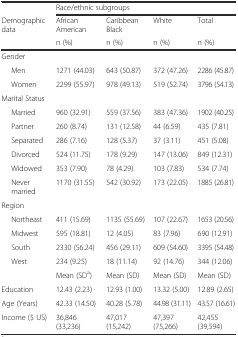
|  | <COLSPAN=4> Race/ethnic subgroups |
 | Demographic data | African American | Caribbean Black | White | Total |
 |  | n (%) | n (%) | n (%) | n (%) |
 | --- | --- | --- | --- | --- |
 | Gender |  |  |  |  |
 | Men | 1271 (44.03) | 643 (50.87) | 372 (47.26) | 2286 (45.87) |
 | Women | 2299 (55.97) | 978 (49.13) | 519 (52.74) | 3796 (54.13) |
 | Marital Status |  |  |  |  |
 | Married | 960 (32.91) | 559 (37.56) | 383 (47.36) | 1902 (40.25) |
 | Partner | 260 (8.74) | 131 (12.58) | 44 (6.59) | 435 (7.81) |
 | Separated | 286 (7.16) | 128 (5.37) | 37 (3.11) | 451 (5.08) |
 | Divorced | 524 (11.75) | 178 (9.29) | 147 (13.06) | 849 (12.31) |
 | Widowed | 353 (7.90) | 78 (4.29) | 103 (7.83) | 534 (7.74) |
 | Never married | 1170 (31.55) | 542 (30.92) | 173 (22.05) | 1885 (26.81) |
 | Region |  |  |  |  |
 | Northeast | 411 (15.69) | 1135 (55.69) | 107 (22.67) | 1653 (20.56) |
 | Midwest | 595 (18.81) | 12 (4.05) | 83 (7.96) | 690 (12.91) |
 | South | 2330 (56.24) | 456 (29.11) | 609 (54.60) | 3395 (54.48) |
 | West | 234 (9.25) | 18 (11.14) | 92 (14.76) | 344 (12.06) |
 |  | Mean (SDa) | Mean (SD) | Mean (SD) | Mean (SD) |
 | Education | 12.43 (2.23) | 12.93 (1.00) | 13.32 (5.00) | 12.89 (2.65) |
 | Age (Years) | 42.33 (14.50) | 40.28 (5.78) | 44.98 (31.11) | 43.57 (16.61) |
 | Income ($ US) | 36,846 (33,236) | 47,017 (15,242) | 47,397 (75,266) | 42,455 (39,594) |